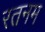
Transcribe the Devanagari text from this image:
रतनम